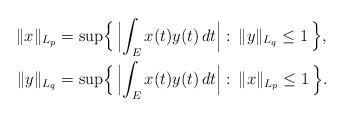
LaTeX: \begin{align*}\lVert x\rVert_{L_p}&=\sup\Bigl\{\,\Bigl|\int_Ex(t)y(t)\,dt\Bigr|:\,\lVert y\rVert_{L_q}\le1\,\Bigr\},\\\lVert y\rVert_{L_q}&=\sup\Bigl\{\,\Bigl|\int_Ex(t)y(t)\,dt\Bigr|:\,\lVert x\rVert_{L_p}\le1\,\Bigr\}.\end{align*}